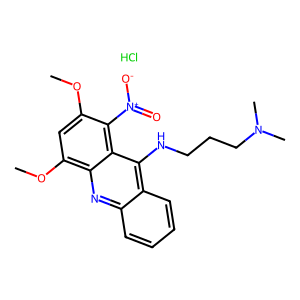
SMILES: COc1cc(OC)c2nc3ccccc3c(NCCCN(C)C)c2c1[N+](=O)[O-].Cl
Inhibits HIV replication: No